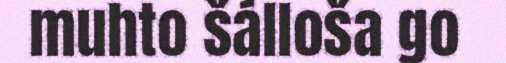
muhto šálloša go